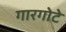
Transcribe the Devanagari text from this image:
गारगोटे